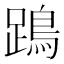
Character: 𨄙